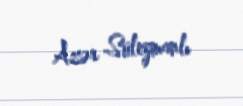
Azər Süleymanlı